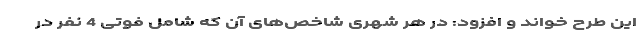
این طرح خواند و افزود: در هر شهری شاخص‌های آن که شامل فوتی 4 نفر در